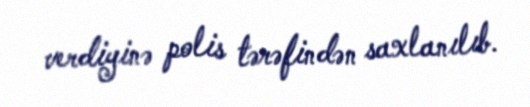
verdiyinə polis tərəfindən saxlanılıb.